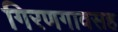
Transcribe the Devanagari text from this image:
गिरणगावसह